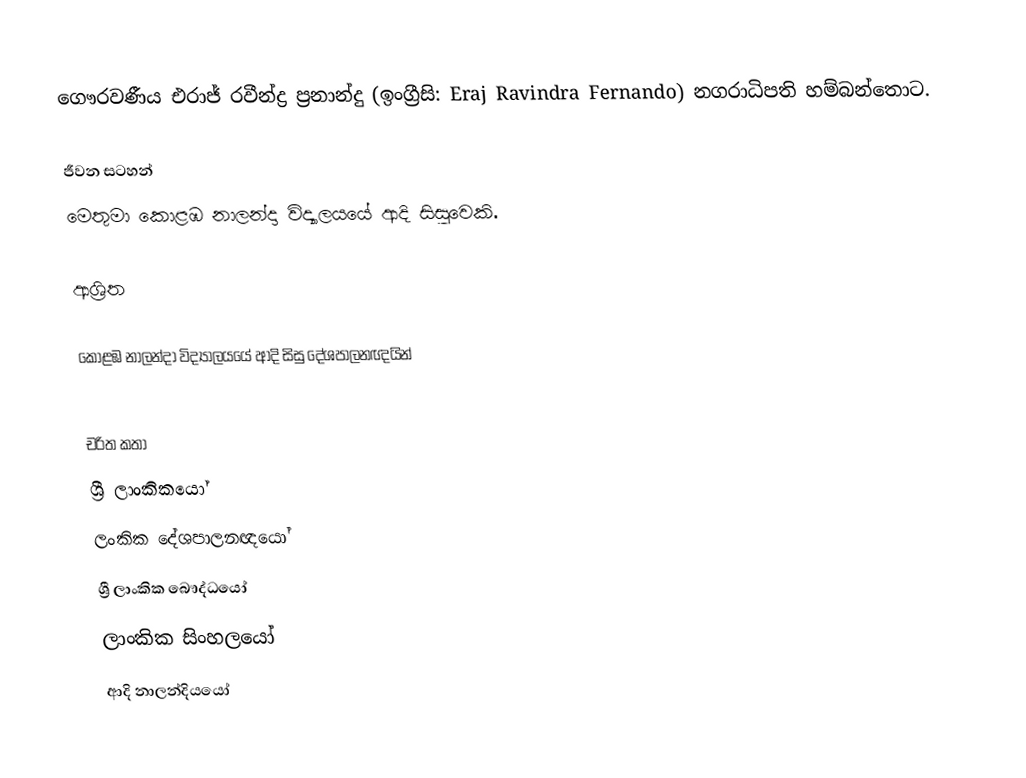
ගෞරවණීය  එරාජ් රවීන්ද්‍ර ප්‍රනාන්දු (ඉංග්‍රීසි: Eraj Ravindra Fernando) නගරාධිපති හම්බන්තොට.

ජීවන සටහන්
මෙතුමා  කොළඹ නාලන්දා විද්‍යාලයයේ ආදි සිසුවෙකි.

ආශ්‍රිත

කොළඹ නාලන්දා විද්‍යාලයයේ ආදි සිසු දේශපාලනඥයින්

චරිත කතා
ශ්‍රී ලාංකිකයෝ
ලංකික දේශපාලනඥයෝ
ශ්‍රී ලාංකික බෞද්ධයෝ
ලාංකික සිංහලයෝ
ආදි නාලන්දියයෝ